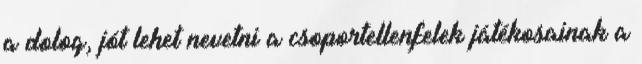
a dolog, jót lehet nevetni a csoportellenfelek játékosainak a